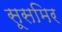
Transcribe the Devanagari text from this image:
सूसमिर